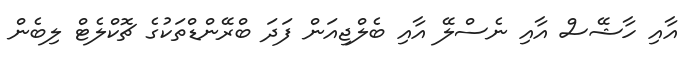
އާއި ހާޝޭސް އާއި ނެސްލޭ އާއި ބެލްޖިއަން ފަދަ ބްރޭންޑްތަކުގެ ޗޮކްލެޓް ލިބެން